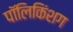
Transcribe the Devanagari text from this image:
पॉलिकिंशग